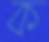
ক